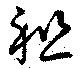
祖